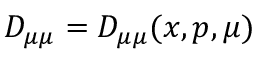
D _ { \mu \mu } = D _ { \mu \mu } ( \boldsymbol { x } , p , \mu )